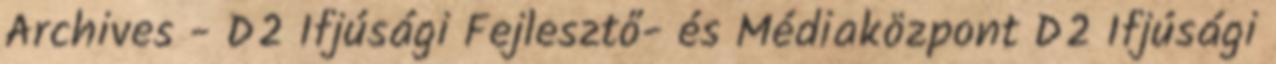
Archives - D2 Ifjúsági Fejlesztő- és Médiaközpont D2 Ifjúsági